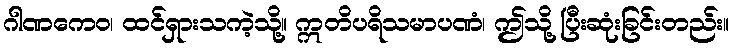
ဂါဏကေဝ၊ ထင်ရှားသကဲ့သို့။ ဣတိပရိသမာပဏံ၊ ဤသို့ ပြီးဆုံးခြင်းတည်း။